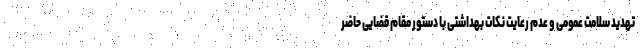
تهدید سلامت عمومی و عدم رعایت نکات بهداشتی با دستور مقام قضایی حاضر